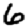
Digit: 6